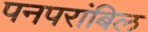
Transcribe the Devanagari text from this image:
पनपरांबिल